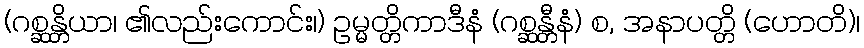
(ဂစ္ဆန္တိယာ၊ ၏လည်းကောင်း၊) ဥမ္မတ္တိကာဒီနံ (ဂစ္ဆန္တီနံ) စ, အနာပတ္တိ (ဟောတိ)၊